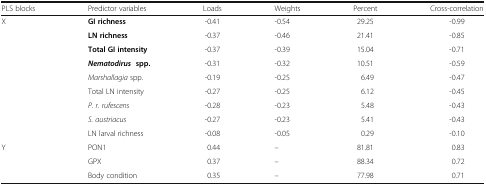
<table><thead><tr><td><b>PLS blocks</b></td><td><b>Predictor variables</b></td><td><b>Loads</b></td><td><b>Weights</b></td><td><b>Percent</b></td><td><b>Cross-correlation</b></td></tr></thead><tbody><tr><td rowspan="9">X</td><td><b>GI richness</b></td><td>-0.41</td><td>-0.54</td><td>29.25</td><td>-0.99</td></tr><tr><td><b>LN richness</b></td><td>-0.37</td><td>-0.46</td><td>21.41</td><td>-0.85</td></tr><tr><td><b>Total GI intensity</b></td><td>-0.37</td><td>-0.39</td><td>15.04</td><td>-0.71</td></tr><tr><td><b><i>Nematodirus</i></b><b> spp.</b></td><td>-0.31</td><td>-0.32</td><td>10.51</td><td>-0.59</td></tr><tr><td><i>Marshallagia</i> spp.</td><td>-0.19</td><td>-0.25</td><td>6.49</td><td>-0.47</td></tr><tr><td>Total LN intensity</td><td>-0.27</td><td>-0.25</td><td>6.12</td><td>-0.45</td></tr><tr><td><i>P. r. rufescens</i></td><td>-0.28</td><td>-0.23</td><td>5.48</td><td>-0.43</td></tr><tr><td><i>S. austriacus</i></td><td>-0.27</td><td>-0.23</td><td>5.41</td><td>-0.43</td></tr><tr><td>LN larval richness</td><td>-0.08</td><td>-0.05</td><td>0.29</td><td>-0.10</td></tr><tr><td rowspan="3">Y</td><td>PON1</td><td>0.44</td><td>–</td><td>81.81</td><td>0.83</td></tr><tr><td>GPX</td><td>0.37</td><td>–</td><td>88.34</td><td>0.72</td></tr><tr><td>Body condition</td><td>0.35</td><td>–</td><td>77.98</td><td>0.71</td></tr></tbody></table>